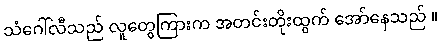
သံဂေါ်လီသည် လူတွေကြားက အတင်းတိုးထွက် အော်နေသည် ။